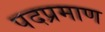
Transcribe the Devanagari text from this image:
पदप्रमाण